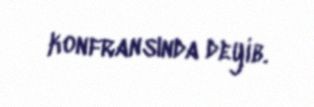
konfransında deyib.